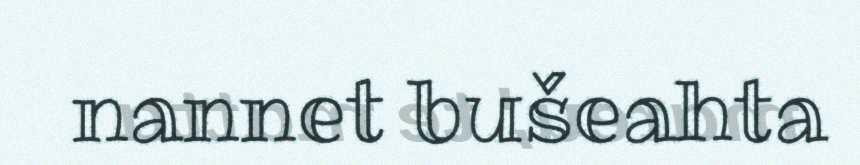
nannet bušeahta